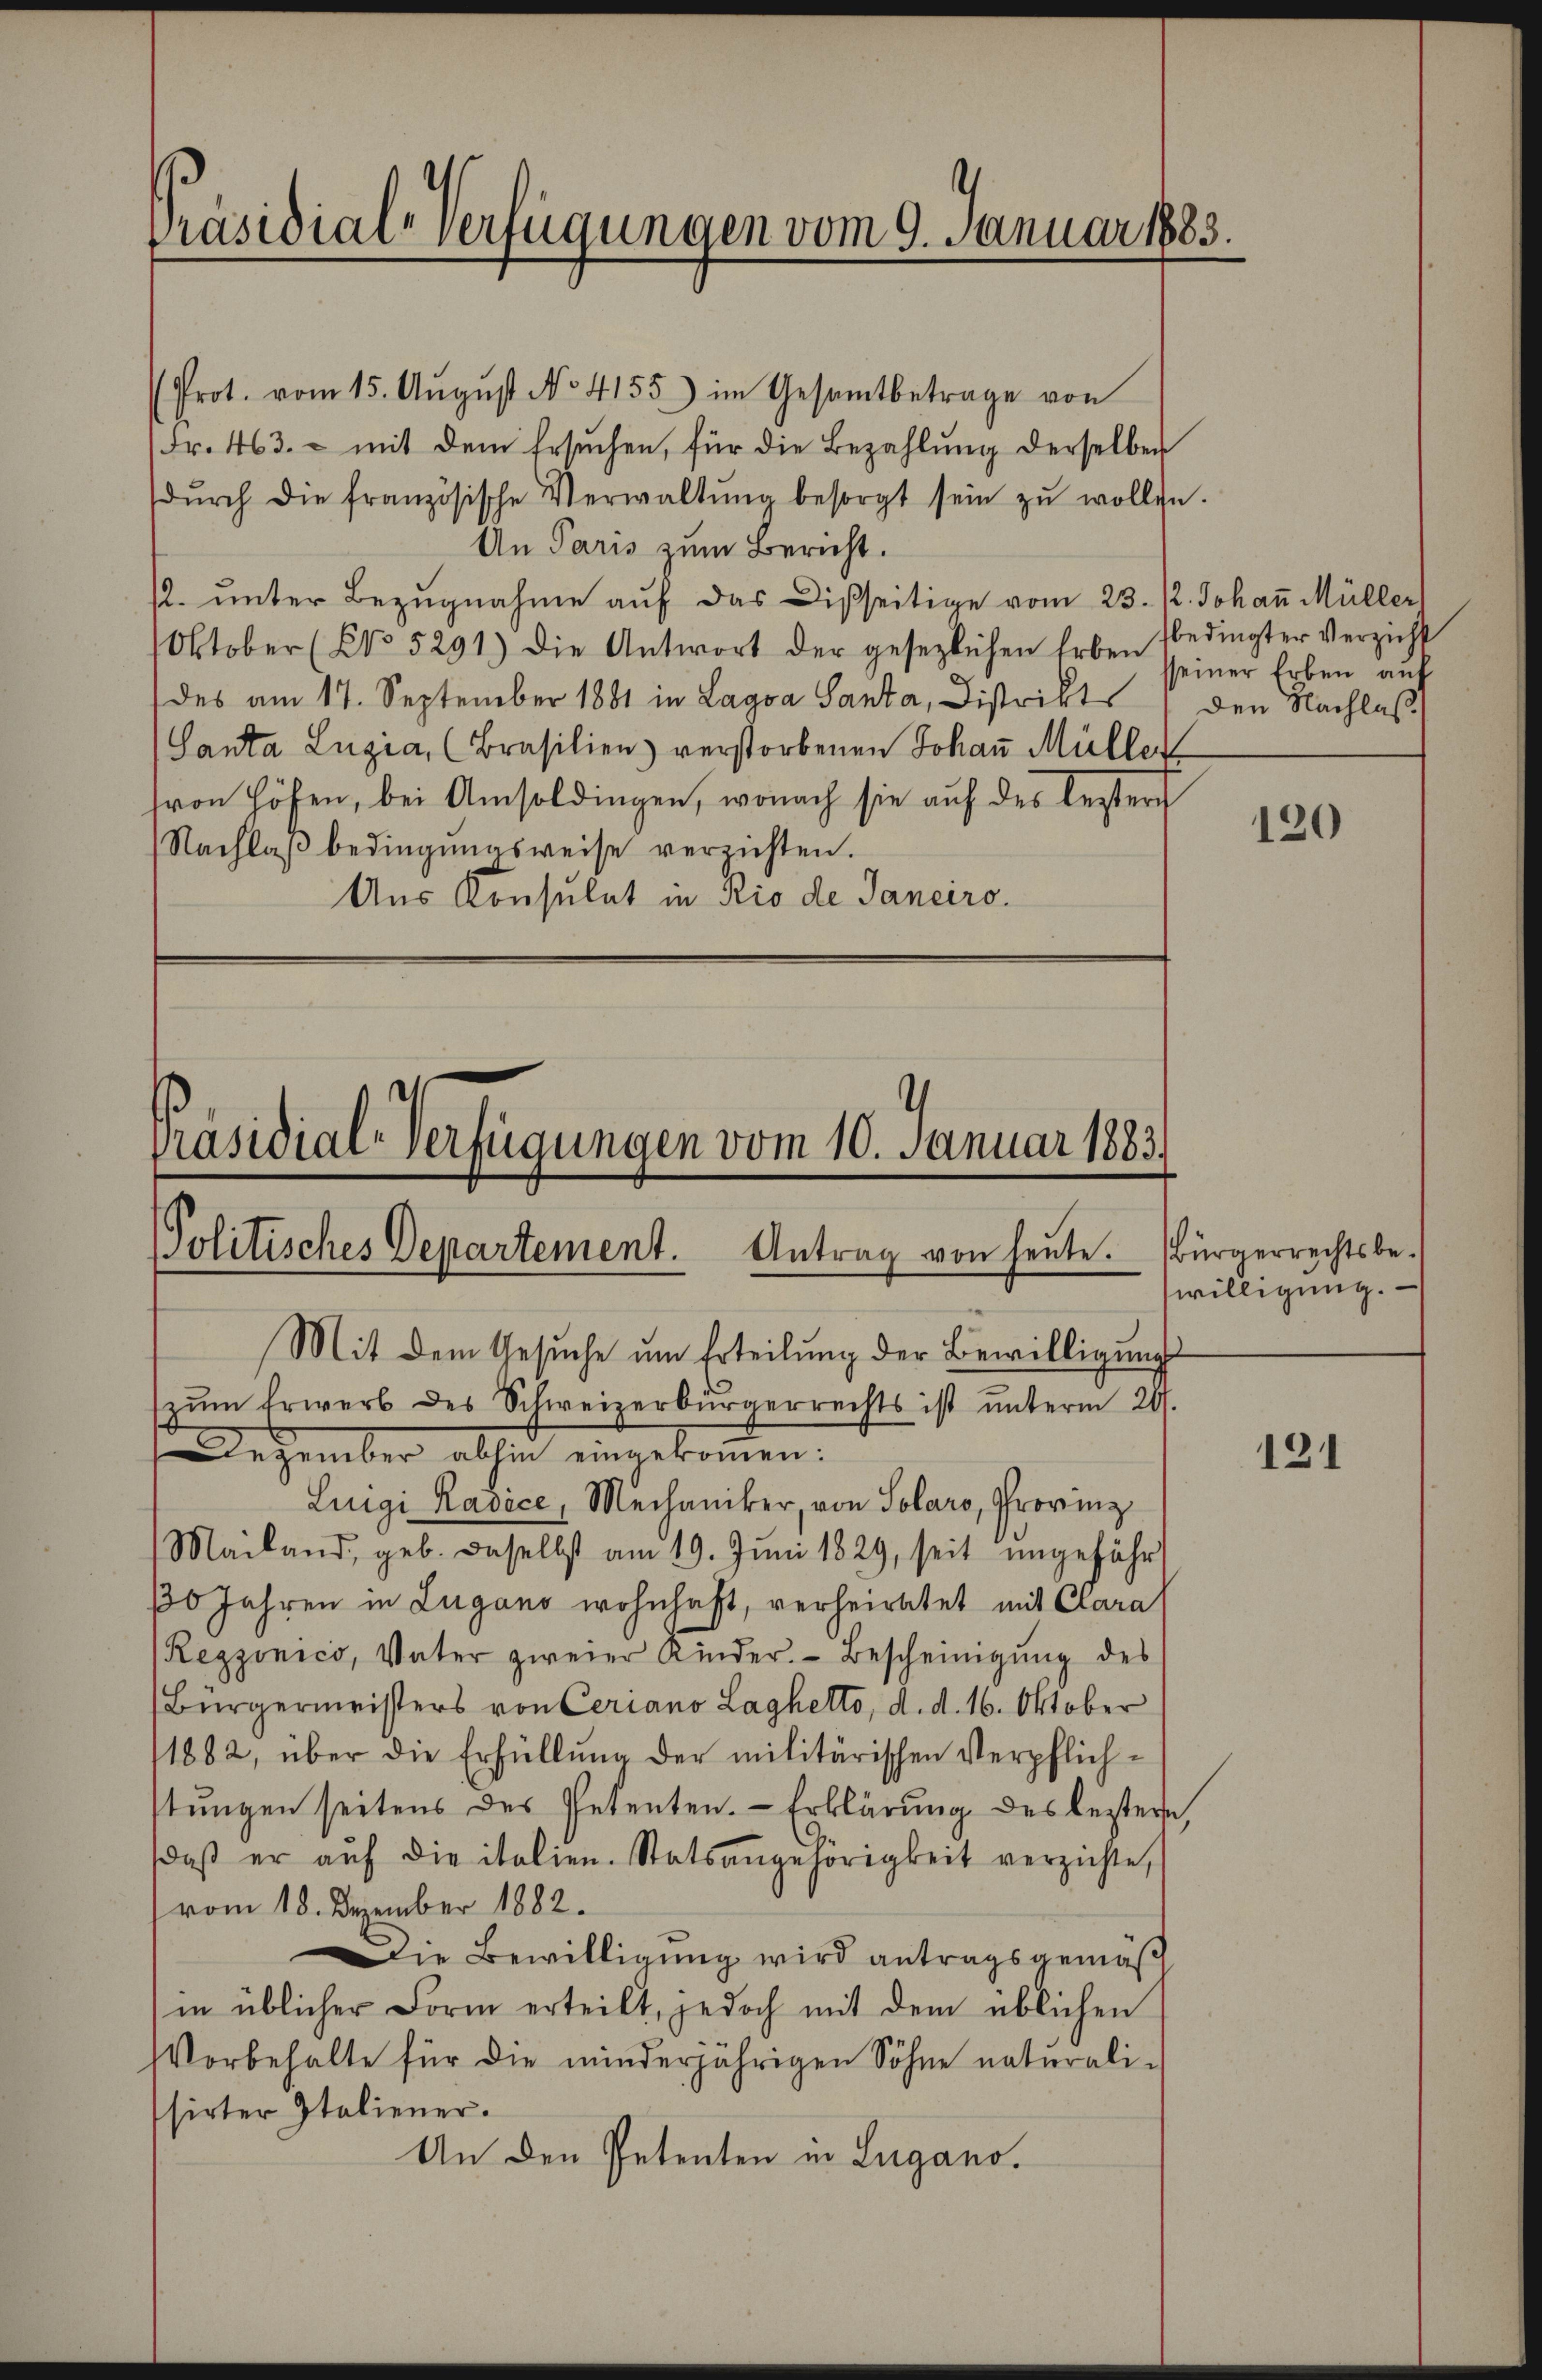
Präsidial-Verfügungen vom 9. Januar 1883.

Prot. vom 15. Aŭgŭst No. 4155) im Gesamtbetrage von
Fr. 463. - mit dem Ersuchen, für die Bezahlung derselben
dŭrch die französische Verwaltŭng besorgt sein zŭ wollen.
An Paris zum Bericht.
. unter Bezugnahme auf das Disseitige vom 23./2. Johan̄ Müller
Oktober (NNo. 5291) die Antwort der gesezlichen Erben
des am 17. September 1881 in Lagva Santa, Distrikts / den Nachlaß
(Santa Luzia, (Brasilien) verstorbenen Johaṅ Müller
sron Höfen, bei Amsoldingen, wonach sie auf des bester
Nachlaβ bedingungsweise verzichten.
Aus Konsulat in Rio de Sanciro.

Präsidial-Verfügungen vom 10. Januar 1883.
Politisches Departement. Antrag von heute. Bürgerrechtsbe¬
Mit dem Gesuche um Erteilung der Bewilligungs

bedingter Verzicht
sseiner Erben auf

zŭm Erwerb des Schweizerbürgerrechts ist ŭnterm 20.
ezember abhin eingekommen:
Luigi Radice, Mechaniker, von Solaro, Provinz
Mailand, geb. daselbst am 19. Jŭni 1829, seit ungefähr
10 Jahren in Lugano wohnhaft, verheiratet mit Clara
Regzonico, Vater zweier Kinder. Bescheinigŭng des
Bürgermeisters von Ceriano Laghetto, d. d. 16. Oktober
1882, über die Erfüllung der militärischen Verpflich-
stungen seitens des Petenten. Erklärung des bestern,
daβ er aŭf die italien. Statsangehörigkeit verzichte,
(vom 18. Dezember 1882.
Die Bewilligung wird antragsgemäß
in üblicher Form erteilt, jedoch mit dem üblichen
Vorbehalte für die minderjährigen Söhne naturalissirter Italiener.
An den Petenten in Lugano.

120

willigung.

121